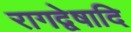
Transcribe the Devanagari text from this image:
रागद्वेषादि